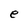
Character: e